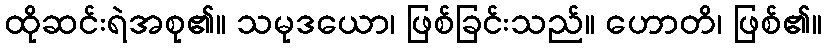
ထိုဆင်းရဲအစု၏။ သမုဒယော၊ ဖြစ်ခြင်းသည်။ ဟောတိ၊ ဖြစ်၏။